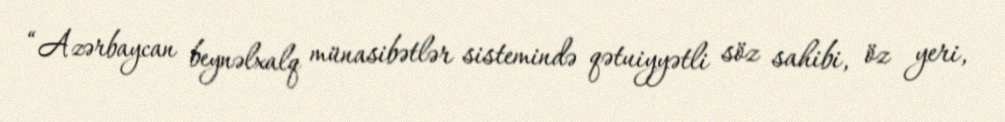
“Azərbaycan beynəlxalq münasibətlər sistemində qətuiyyətli söz sahibi, öz yeri,